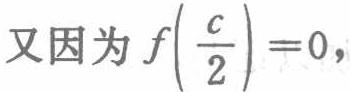
又因为\(f\left(\frac{c}{2}\right)=0\)，